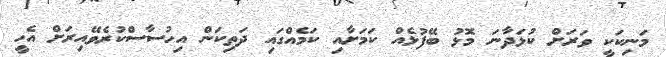
މަނިކަކީ ވަރަށް ކުޅަދާނަ މޮޅު ބޭފުޅެއް ކަމަށާއި ކަމެއްގައި ދަތިކަން އިހުސާސްކުރެވޭއިރަށް އެހީ